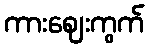
ကားဈေးကွက်